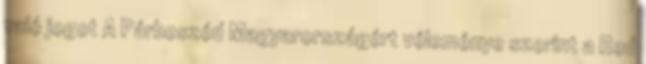
való jogot A Párbeszéd Magyarországért véleménye szerint a Red